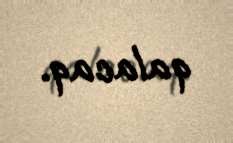
qalacaq.